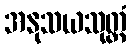
အနုသယသုတ္တံ